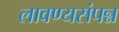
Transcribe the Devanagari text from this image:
लावण्यसंपन्न